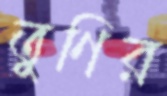
তুণির